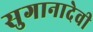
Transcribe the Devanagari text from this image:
सुगानादेवी